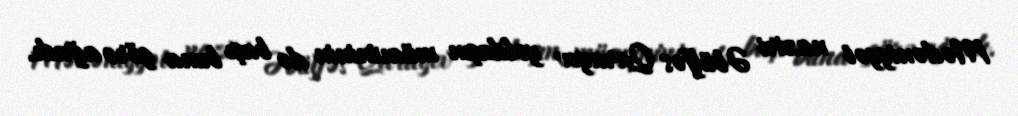
Mədəniyyət naziri Əbülfəs Qarayev yoldaşın müavininin də başı buna görə ağrıdı.